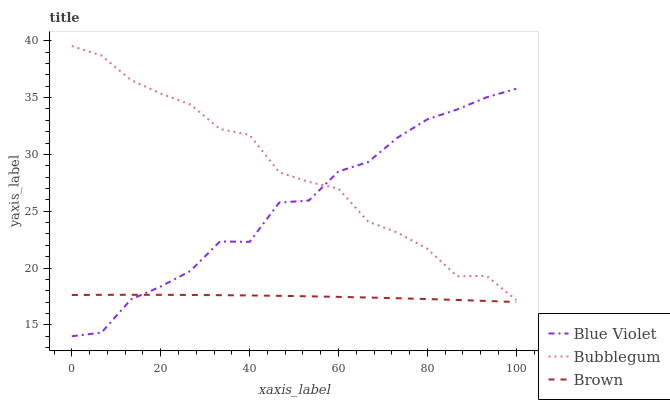
| xaxis_label | Blue Violet | Bubblegum | Brown |
 | --- | --- | --- | --- |
 | 0 | 14 | 39.5 | 17.6 |
 | 6.67 | 14.3 | 38.7 | 17.6 |
 | 13.3 | 17.3 | 36.5 | 17.6 |
 | 20 | 18.4 | 35.4 | 17.6 |
 | 26.7 | 19.7 | 34.4 | 17.6 |
 | 33.3 | 22.3 | 32.2 | 17.6 |
 | 40 | 22.3 | 31.7 | 17.6 |
 | 46.7 | 25.8 | 28.4 | 17.6 |
 | 53.3 | 25.9 | 27.6 | 17.5 |
 | 60 | 28.5 | 27 | 17.5 |
 | 66.7 | 29.3 | 24.1 | 17.4 |
 | 73.3 | 31.5 | 23.1 | 17.3 |
 | 80 | 33.1 | 21.7 | 17.3 |
 | 86.7 | 34 | 19.3 | 17.2 |
 | 93.3 | 35 | 19.3 | 17.1 |
 | 100 | 35.8 | 17.2 | 17 |